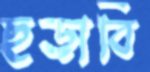
ছড়াবি